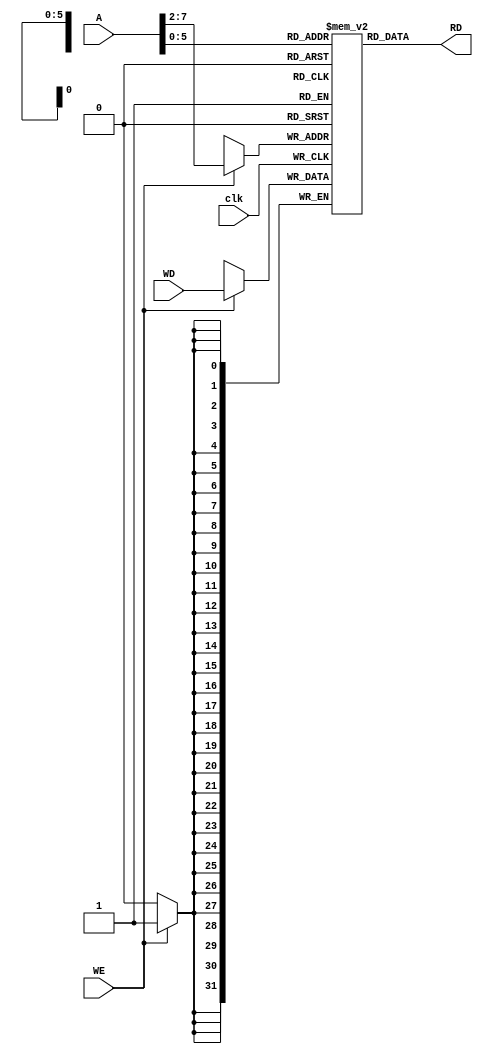
module DataMemory(
input clk,
input WE, 
input [31:0] A,
input [31:0] WD,
output wire [31:0] RD);

reg [31:0] reg_arr [63:0];
always@(posedge clk) begin
if (WE)
reg_arr[A[31:2]] <= WD;
end

assign RD=reg_arr[A];

endmodule